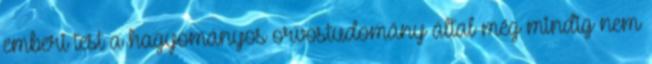
emberi test a hagyományos orvostudomány által még mindig nem